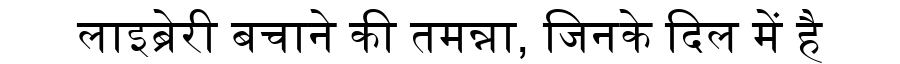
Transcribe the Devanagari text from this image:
लाइब्रेरी बचाने की तमन्ना, जिनके दिल में है